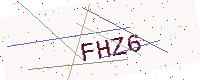
Text: FHZ6